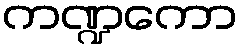
ကဏ္ဍကော